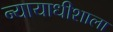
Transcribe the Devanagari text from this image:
न्यायाधीशाला